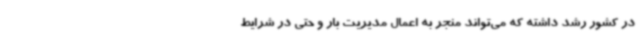
در کشور رشد داشته که می‌تواند منجر به اعمال مدیریت بار و حتی در شرایط